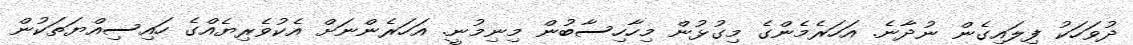
ދުވަހަކު ފިލައިގެން ނުދާނެ. އަހަރެމެންގެ މިގުޅުން މިހާހިސާބުން މިނިމުނީ. އަހަރެންނަށް އެކުވެރިޔެއްގެ ހައިސިއްޔަތަކުން